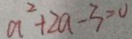
a ^ { 2 } + 2 a - 3 = 0